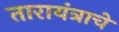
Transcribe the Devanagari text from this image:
तारायंत्राचे